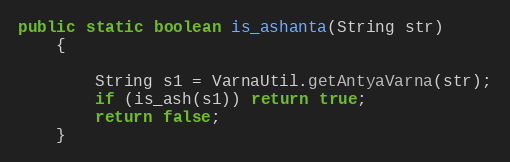
Language: Java
public static boolean is_ashanta(String str)
    {

        String s1 = VarnaUtil.getAntyaVarna(str);
        if (is_ash(s1)) return true;
        return false;
    }